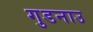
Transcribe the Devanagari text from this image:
गुडनाउ